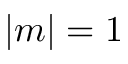
| m | = 1